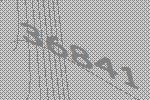
36841